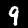
Digit: 9